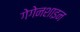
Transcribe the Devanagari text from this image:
गेगेनशाइन